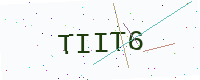
Text: TIIT6